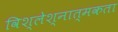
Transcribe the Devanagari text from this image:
विश्लेश्नात्मकता